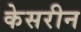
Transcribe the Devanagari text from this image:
केसरीन